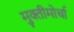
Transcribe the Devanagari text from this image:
मुक्तीमोर्चा